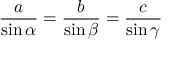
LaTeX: { \frac { a } { \sin \alpha } } = { \frac { b } { \sin \beta } } = { \frac { c } { \sin \gamma } }